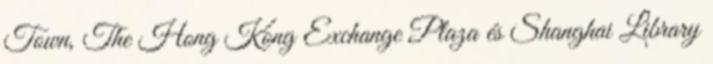
Town, The Hong Kong Exchange Plaza és Shanghai Library